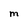
Character: M